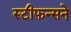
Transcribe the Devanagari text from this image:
स्टीफन्सने